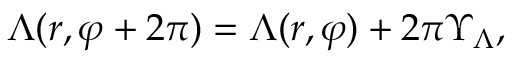
\Lambda ( r , \varphi + 2 \pi ) = \Lambda ( r , \varphi ) + 2 \pi \Upsilon _ { \Lambda } ,